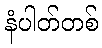
နံပါတ်တစ်